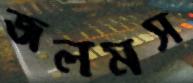
জলমস